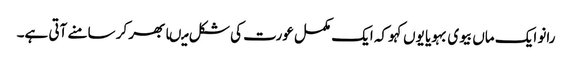
رانو ایک ماں بیوی بہویا یوں کہو کہ ایک مکمل عورت کی شکل میںابھر کر سامنے آتی ہے۔